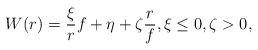
\begin{align*} W(r) = \frac{\xi}{r} f + \eta + \zeta \frac{r}{f}, \xi\le 0, \zeta>0,\end{align*}